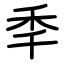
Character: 秊